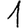
Digit: 1